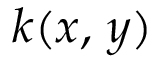
k ( x , \, y )